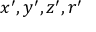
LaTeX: x ^ { \prime } , y ^ { \prime } , z ^ { \prime } , r ^ { \prime }